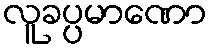
လူခပ္ပမာဏော